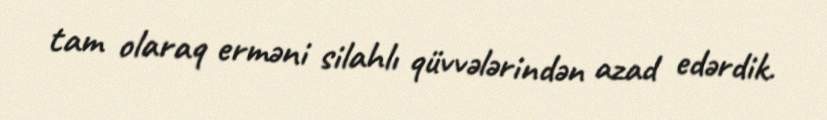
tam olaraq erməni silahlı qüvvələrindən azad edərdik.